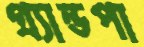
গ্র্যান্ডপা